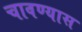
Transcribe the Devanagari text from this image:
चावण्यास